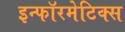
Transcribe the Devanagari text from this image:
इन्‍फॉरमेटिक्‍स